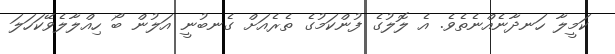
ކަމީލާ ހަނދާނެއްނެތެވެ. އެ ލޮލުގެ ފުންކަމުގެ ތެރެއަށް ގެނބުނީ އަލުން ބޯ ހިއްލާލެވޭކަހަލަ